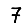
Digit: 7